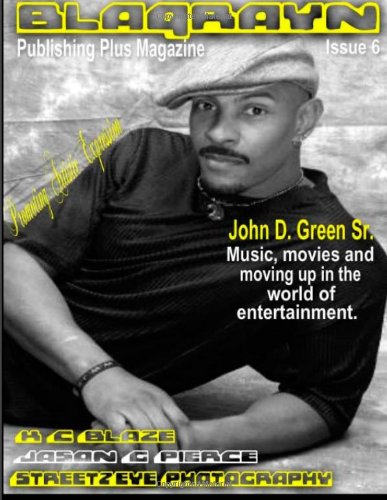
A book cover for BlaqRayn Publishing Plus Magazine: Issue 6; R. Angel; Crafts, Hobbies & Home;